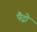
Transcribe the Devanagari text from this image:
पैद्रो